Report on vaccination in the Province of Bengal - 1869-1873
Year: 1869
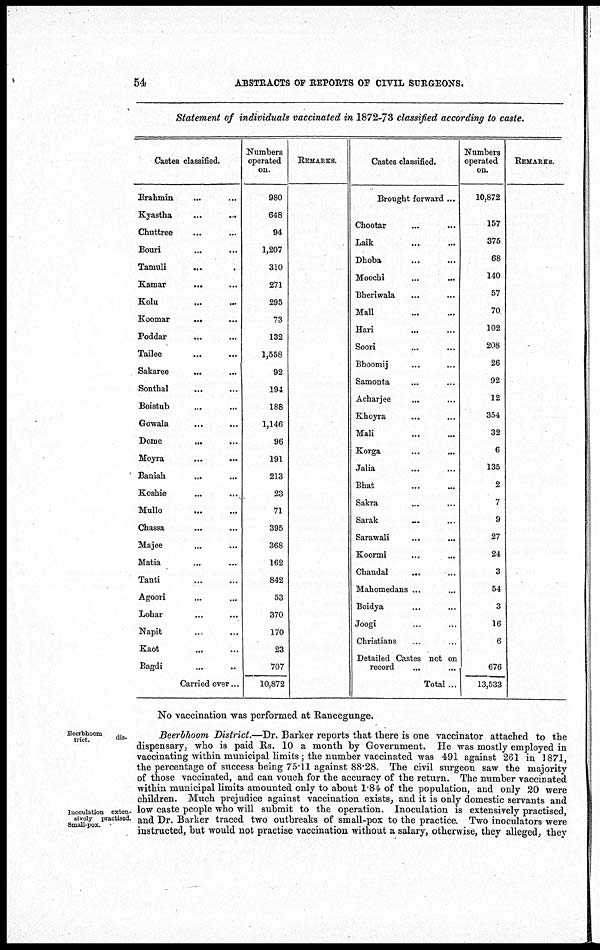
54
ABSTRACTS OF REPORTS OF CIVIL SURGEONS.
Statement of individuals vaccinated in 1872-73 classified according to caste.
Castes classified.
Brahmin ... ...
Kyastha
...
...
Chuttree ... ...
Bouri ... ...
Tamuli ... ...
Kamar
... ...
Kolu
...
...
Koomar
...
...
Poddar ... ...
Tailee ... ...
Sakaree
... ...
Sonthal
... ...
Boistub ... ...
Gowala
... ...
Dome
...
...
Moyra ... ...
Baniah
...
...
Koshie ... ...
Mullo
...
...
Chassa ... ...
Majee ... ...
Matia ... ...
Tanti ... ...
Agoori ... ...
Lohar ... ...
Napit ... ...
Kaot ... ...
Bagdi ... ...
Carried over... ...
Numbers
operated
on.
980
648
94
1,207
310
271
295
73
132
1,558
92
194
188
1,146
96
191
213
23
71
395
368
162
842
53
370
170
3
707
10,872
REMARKS.
Castes classified.
Brought forward ...
Chootar ... ...
Laik ... ...
Dhoba ... ...
Moochi ... ...
Bheriwala ... ...
Mall
...
...
Hari
...
...
Soori ... ...
Bhoomij ... ...
Samonta ... ...
Acharjee ... ...
Khoyra ... ...
Mali
...
...
Korga ... ...
Jalia ... ...
Bhat
...
...
Sakra ... ...
Sarak ... ...
Sarawali ... ...
Koormi ... ...
Chandal
... ...
Mahomedans ... ...
Boidya ... ...
Joogi ... ...
Christians ... ...
Detailed Castes not on
record ... ...
Total ...
Numbers
operated
on.
10,872
157
375
68
140
57
70
102
208
26
92
12
354
32
6
135
2
7
9
27
24
3
54
3
16
6
676
13,533
REMARKS.
No vaccination was performed at Raneegunge.
Beerbhoom
dis¬
trict.
Inoculation exten-
sively practised.
Small-pox.
Beerbhoom District.—Dr. Barker reports that there is one vaccinator attached to the
dispensary, who is paid Rs. 10 a month by Government. He was mostly employed in
vaccinating within municipal limits; the number vaccinated was 491 against 261 in 1871,
the percentage of success being 75.11 against 88.28. The civil surgeon saw the majority
of those vaccinated, and can vouch for the accuracy of the return. The number vaccinated
within municipal limits amounted only to about 1.84 of the population, and only 20 were
children. Much prejudice against vaccination exists, and it is only domestic servants and
low caste people who will submit to the operation. Inoculation is extensively practised,
and Dr. Barker traced two outbreaks of small-pox to the practice. Two inoculators were
instructed, but would not practise vaccination without a salary, otherwise, they alleged, they